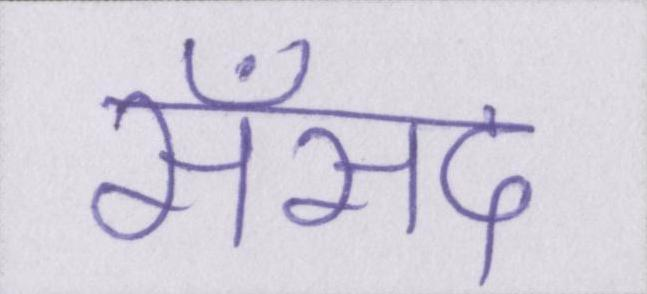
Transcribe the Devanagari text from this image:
सँसद